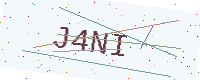
Text: J4NI